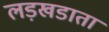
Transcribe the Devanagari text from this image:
लड़खडाता